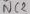
Text: NC2